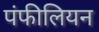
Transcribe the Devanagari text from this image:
पंफीलियन